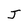
Character: J